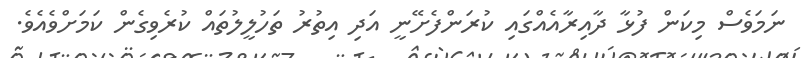
ނަމަވެސް މިކަން ފުޅާ ދާއިރާއެއްގައި ކުރަންފެށޭނީ އަދި އިތުރު ތަހުލީލުތައް ކުރެވިގެން ކަމަށްވެއެވެ.